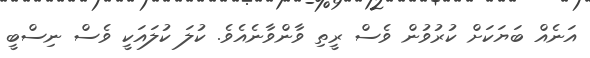
އަނެއް ބަޔަކަށް ކުރުވުން ވެސް ރީތި ވާންވާނެއެވެ. ކުލަ ކުލައަކީ ވެސް ނިސްބީ